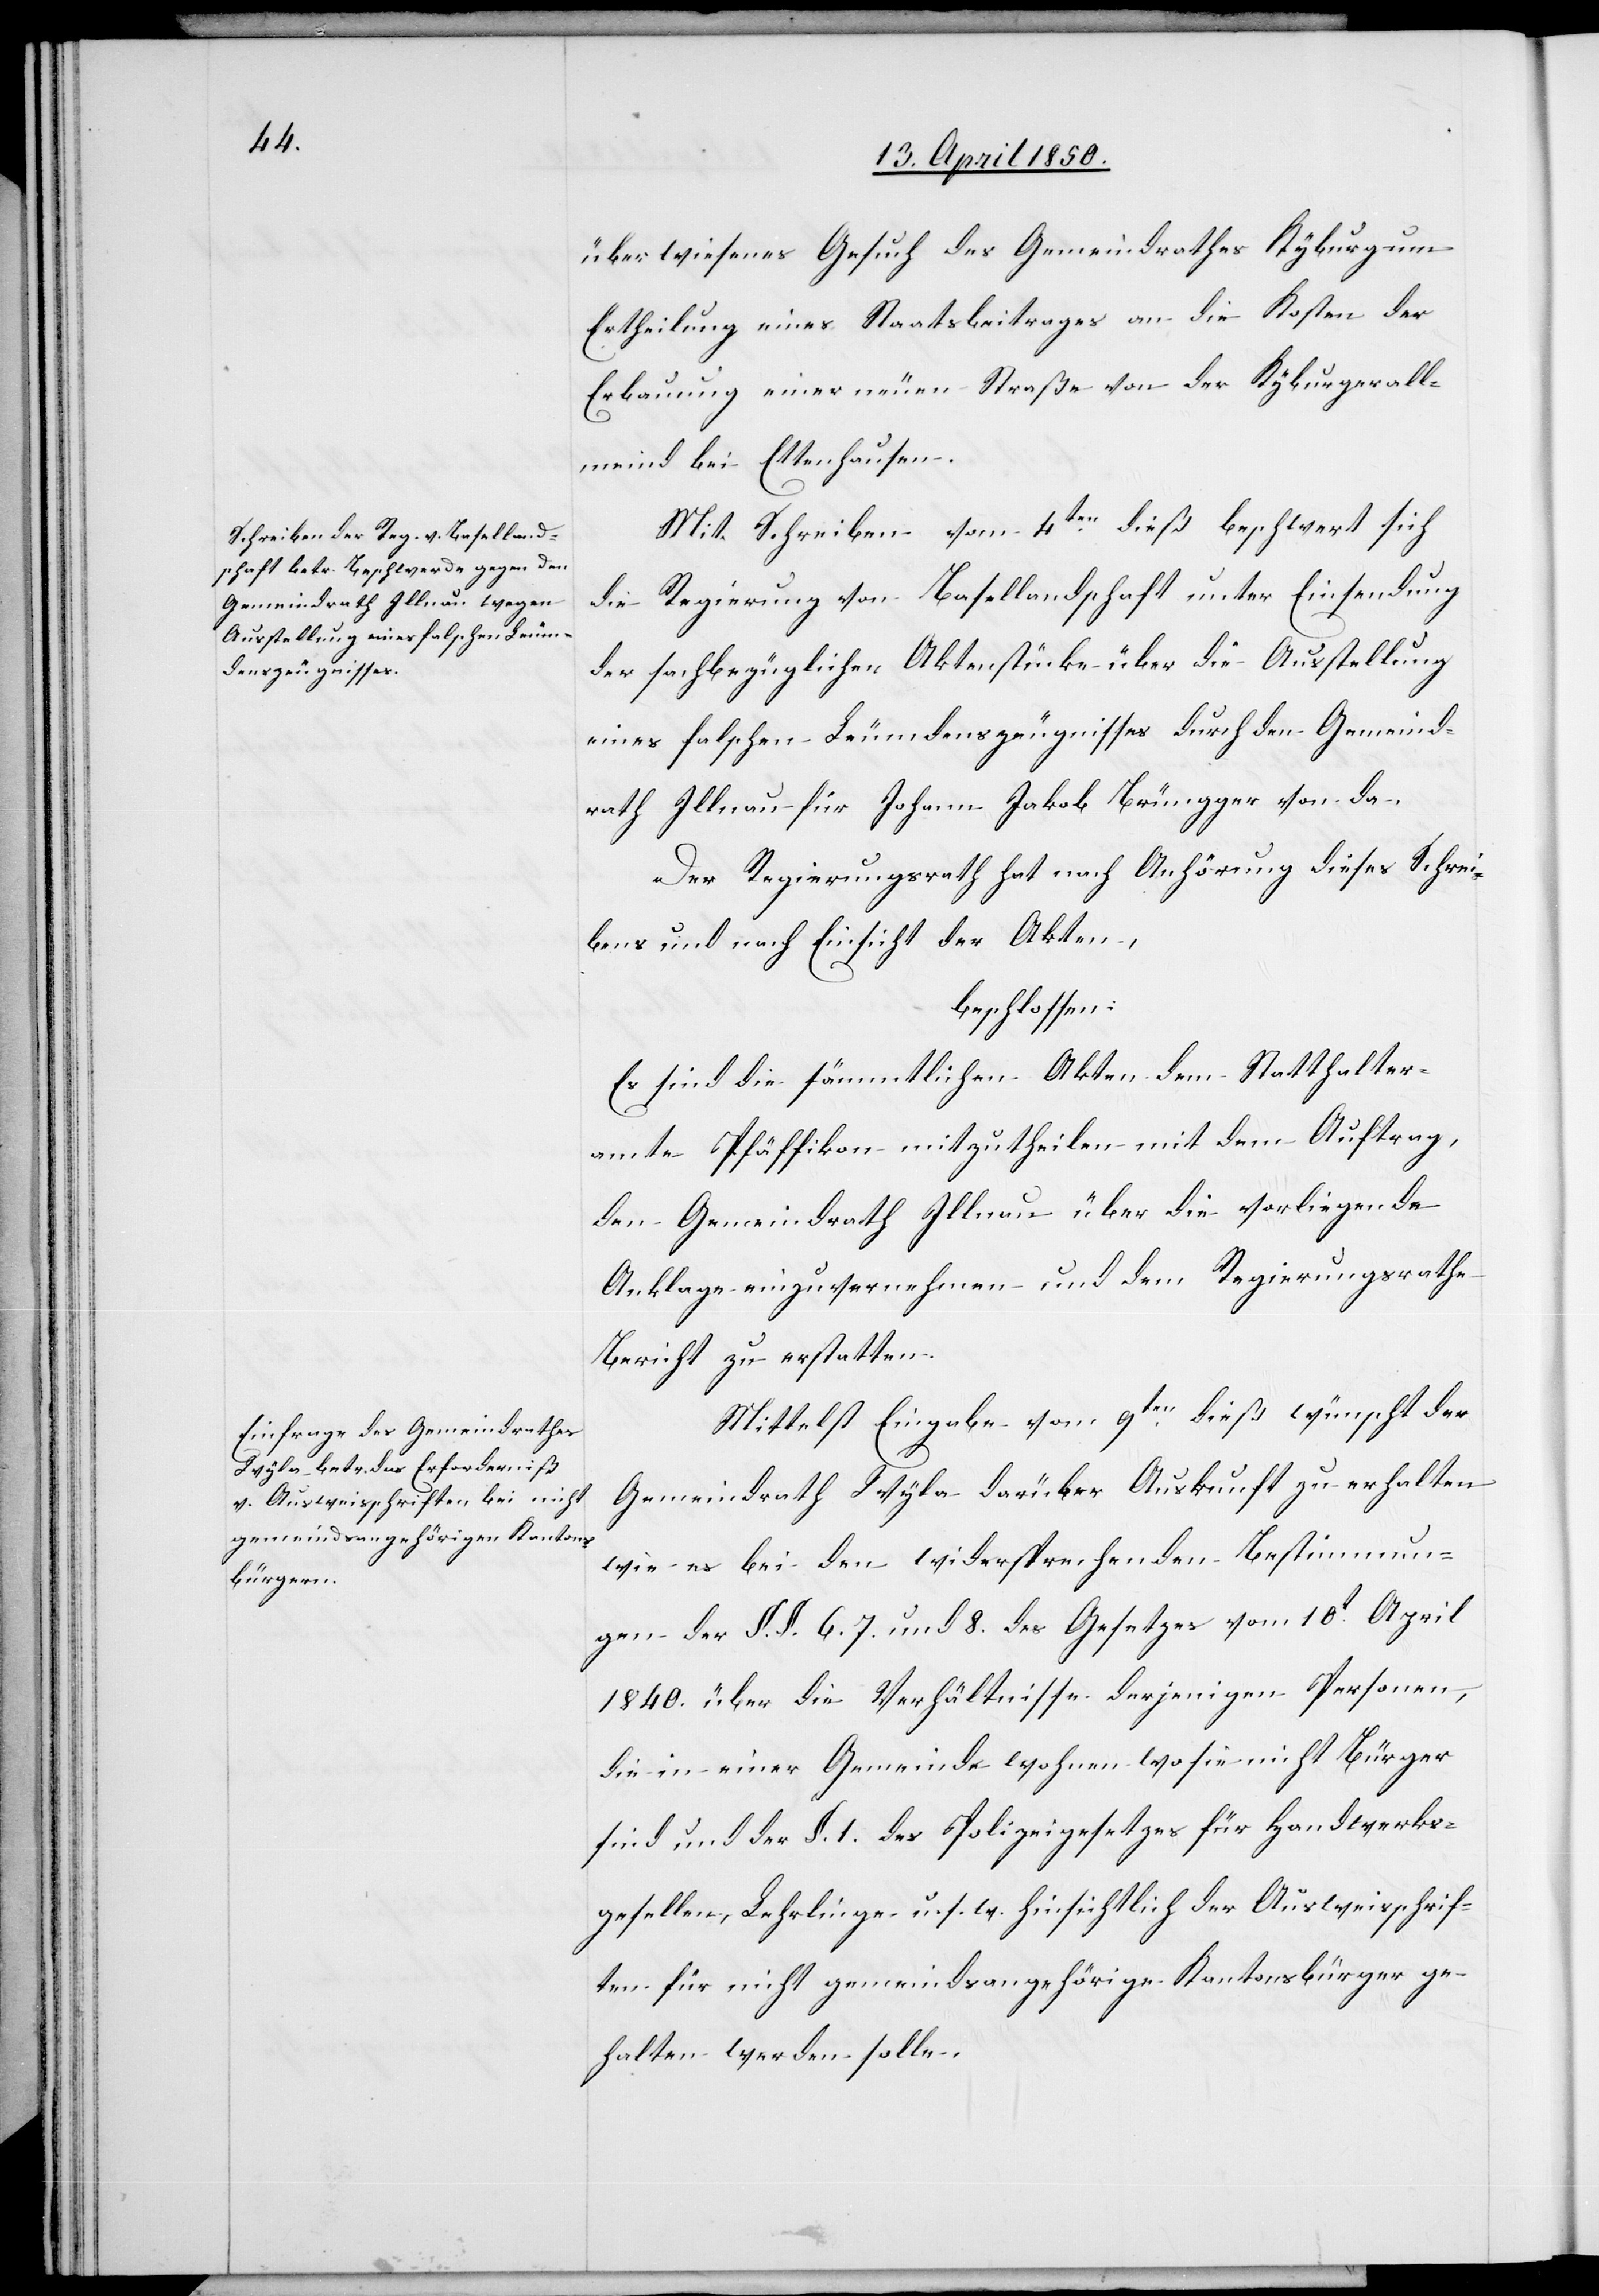
überwiesenes Gesuch des Gemeindrathes Kyburg um
Ertheilung eines Staatsbeitrages an die Kosten der
Erbauung einer neuen Straße von der Kyburgerall¬
meind bei Ettenhausen.
Mit Schreiben vom 4ten dieß beschwert sich
die Regierung von Basellandschaft unter Einsendung
der sachbezüglichen Aktenstücke über die Ausstellung
eines falschen Leumdenszeugnisses durch den Gemeind¬
rath Illnau für Johann Jakob Brüngger von da.
Der Regierungsrath hat nach Anhörung dieses Schrei¬
bens und nach Einsicht der Akten,
beschlossen:
Es sind die sämmtlichen Akten dem Statthalter¬
amte Pfäffikon mitzutheilen mit dem Auftrag,
den Gemeindrath Illnau über die vorliegende
Anklage einzuvernehmen und dem Regierungsrathe
Bericht zu erstatten.
Mittelst Eingabe vom 9ten dieß wünscht der
Gemeindrath Wyla darüber Auskunft zu erhalten
wie es bei den widersprechenden Bestimmun¬
gen der §. §. 6.[,] 7. und 8. des Gesetzes vom 10t April
1840. über die Verhältnisse derjenigen Personen,
die in einer Gemeinde wohnen wo sie nicht Bürger
sind und der §. 1. des Polizeigesetzes für Handwerks¬
gesellen, Lehrlinge u. s. w. hinsichtlich der Ausweisschrif¬
ten für nicht gemeindsangehörige Kantonsbürger ge¬
halten werden solle.